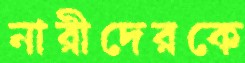
নারীদেরকে